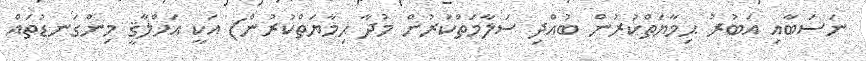
ނަސަބާއި އަބުރު ޙިމާޔަތްކުރުން ބުއްދި ސަލާމަތްކުރުން މުދާ ޙިމާޔަތްކުރުން) އަކީ އަޚްލާޤީ މިންގަނޑުތައް